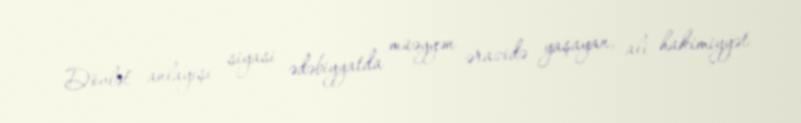
Dövlət" anlayışı siyasi ədəbiyyatda müəyyən ərazidə yaşayan, ali hakimiyyət